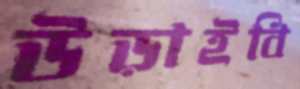
উড়াইবি